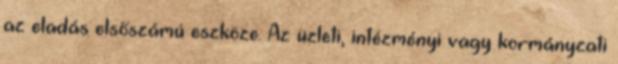
az eladás elsőszámú eszköze. Az üzleti, intézményi vagy kormányzati